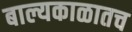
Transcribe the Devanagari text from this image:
बाल्यकाळातच